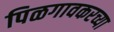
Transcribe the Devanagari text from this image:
पिळगावकरच्या